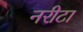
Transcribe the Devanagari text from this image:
नरीटा